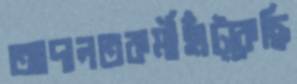
আদালতকর্মীহাঁট্‌কেছি